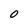
Character: O